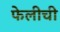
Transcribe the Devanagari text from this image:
फेलीची